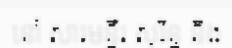
នៅ សារមន្ទីរ សុរិន្ទ និង